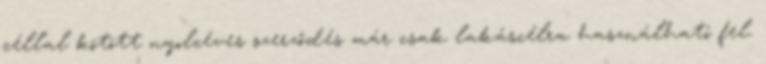
céllal kötött nyolcéves szerződés már csak lakáscélra használható fel.